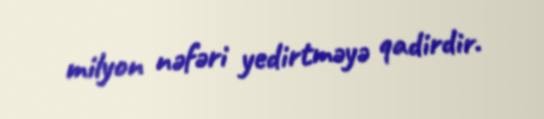
milyon nəfəri yedirtməyə qadirdir.